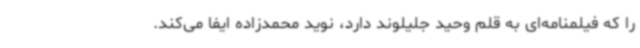
را که فیلمنامه‌ای به قلم وحید جلیلوند دارد، نوید محمدزاده ایفا می‌کند.